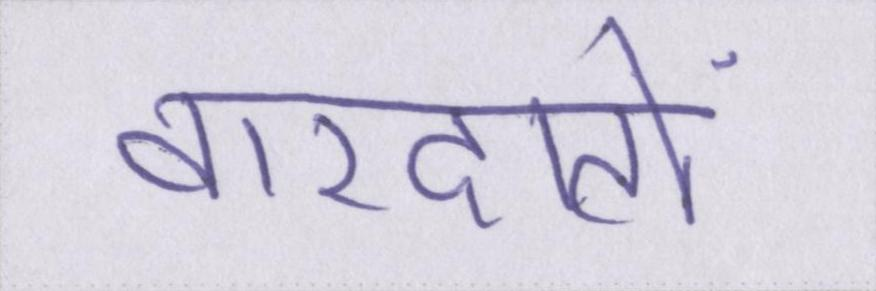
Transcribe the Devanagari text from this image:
वारदातों